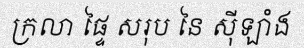
ក្រលា ផ្ទៃ សរុប នៃ ស៊ីឡាំង